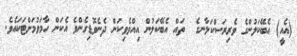
(އެއީ) އެބޭކަލުންގެ ވެރިރަސްކަލާނގެ  ތައް އެބޭކަލުން އިއްވެވިކަން ދެނެވޮޑިގެންވެ އެކަން ހާމަވުމަށްޓަކައެވެ.